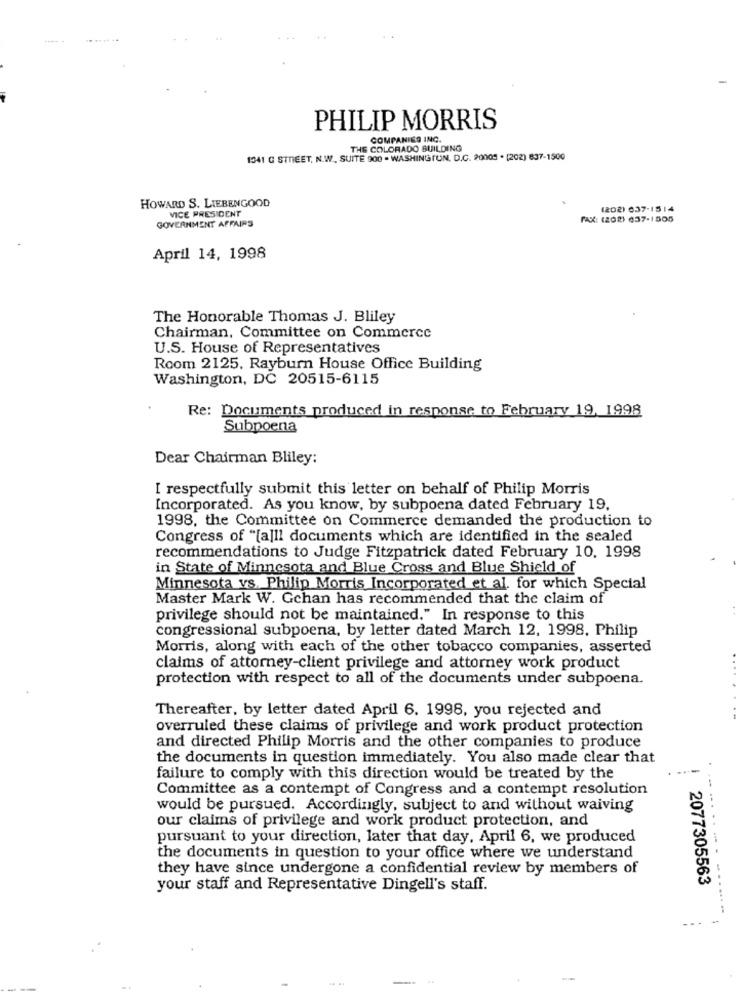
PHILIP MORRIS
COMPANIES INC.
THE COLORADO BUILDING
1541 G STREET, N.W ., SUITE 900 - WASHINGTON, D.C. 20005 . (202) 637-1500
HOWARD S. LIEBENGOOD
VICE PRESIDENT
(202) 037-1514
GOVERNMENT AFFAIRS
FAX: (202) 637-1505
April 14, 1998
The Honorable Thomas J. Bliley
Chairman, Committee on Commerce
U.S. House of Representatives
Room 2125, Rayburn House Office Building
Washington, DC 20515-6115
Re: Documents produced in response to February 19, 1998
Subpoena
Dear Chairman Bliley:
I respectfully submit this letter on behalf of Philip Morris
Incorporated. As you know, by subpoena dated February 19,
1998, the Committee on Commerce demanded the production to
Congress of "[a]ll documents which are identified in the sealed
recommendations to Judge Fitzpatrick dated February 10, 1998
in State of Minnesota and Blue Cross and Blue Shield of
Minnesota vs. Philip Morris Incorporated et al. for which Special
Master Mark W. Gchan has recommended that the claim of
privilege should not be maintained." In response to this
congressional subpoena, by letter dated March 12, 1998, Philip
Morris, along with each of the other tobacco companies, asserted
claims of attorney-client privilege and attorney work product
protection with respect to all of the documents under subpoena.
Thereafter, by letter dated April 6. 1998, you rejected and
overruled these claims of privilege and work product protection
and directed Philip Morris and the other companies to produce
the documents in question immediately. You also made clear that
failure to comply with this direction would be treated by the
Committee as a contempt of Congress and a contempt resolution
would be pursued. Accordingly, subject to and without waiving
our claims of privilege and work product protection, and
pursuant to your direction, later that day, April 6, we produced
......- -
the documents in question to your office where we understand
they have since undergone a confidential review by members of
2077305563
your staff and Representative Dingell's staff.
---